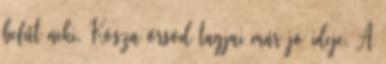
befűt neki. Kósza őrsöd tagjai már jó ideje. A